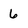
Character: 6